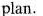
plan.